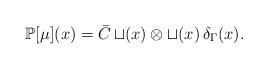
LaTeX: \begin{align*}\mathbb{P}[\mu](x)= \bar{C} \, \mathcal{t}(x)\otimes \mathcal{t}(x) \, \delta_\Gamma(x).\end{align*}